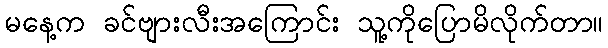
မနေ့က ခင်ဗျားလီးအကြောင်း သူ့ကိုပြောမိလိုက်တာ။